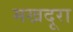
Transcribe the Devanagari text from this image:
मखदूरा